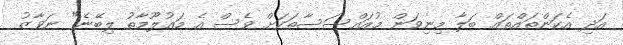
އަދި އެކަންތައްތައް ބަލާ މިނިވަން މުއައްސަސާތަކަށް ވެސް އެ މައުލޫމާތު ލިބޭނެ" ނަވާޒު